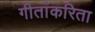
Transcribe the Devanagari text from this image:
गीतांकरिता